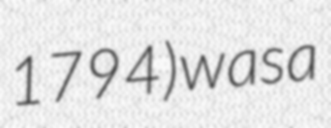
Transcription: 1794) was a